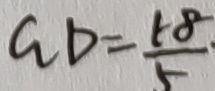
G D = \frac { 1 8 } { 5 }